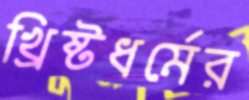
খ্রিষ্টধর্মের